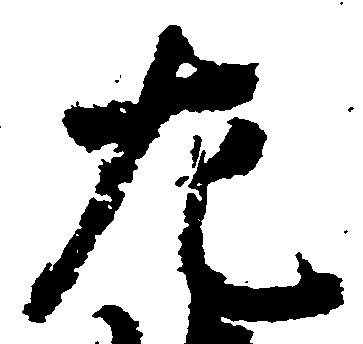
左